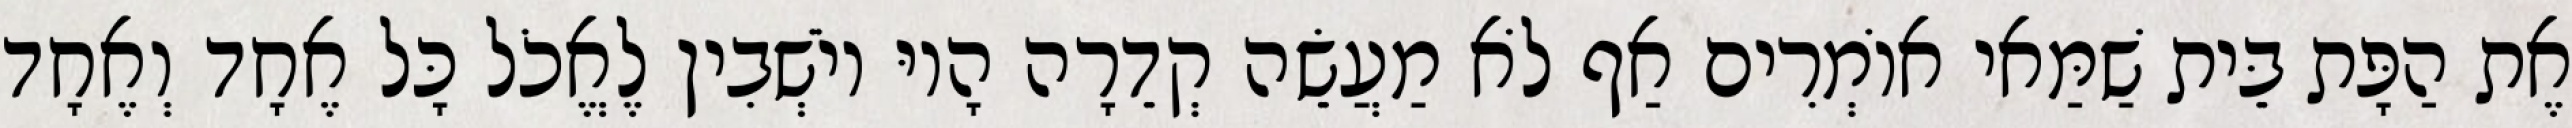
אֶת הַפָּת בֵּית שַׁמַּאי אוֹמְרִים אַף לֹא מַעֲשֵׂה קְדֵרָה הָיוּ יוֹשְׁבִין לֶאֱכֹל כָּל אֶחָד וְאֶחָד